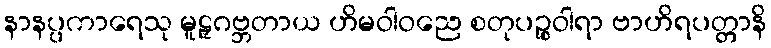
နာနပ္ပကာရေသု မူဠှဂဗ္ဘတာယ ဟိမဝါဝညေ စတုပဉ္စဝါရာ ဗာဟိရပတ္တာနိ